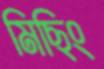
মিছিং